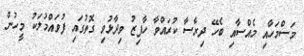
މަސްމަހާއި މެއްސާއި ބެހޭ ދިރާސާ ކުރައްވާ ހާފިޒު ވިދާޅުވި ގޮތުގައި ފުވައްމުލަކު މީހުން